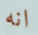
انه